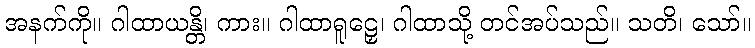
အနက်ကို။ ဂါထာယန္တိ၊ ကား။ ဂါထာရူဠှေ၊ ဂါထာသို့ တင်အပ်သည်။ သတိ၊ သော်။